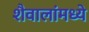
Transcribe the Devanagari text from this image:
शैवालांमध्ये